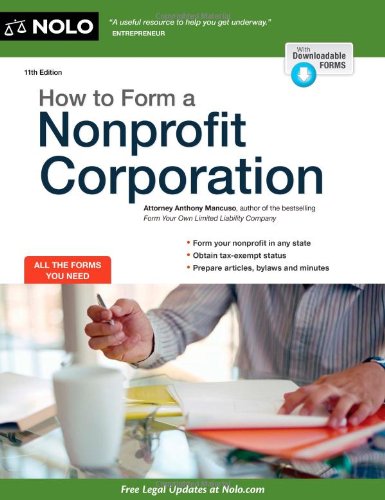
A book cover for How to Form a Nonprofit Corporation; Anthony Mancuso; Law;